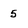
Character: 5